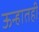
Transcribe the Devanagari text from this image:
ऊन्हातही